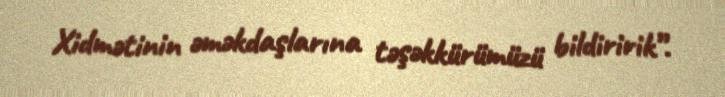
Xidmətinin əməkdaşlarına təşəkkürümüzü bildiririk”.